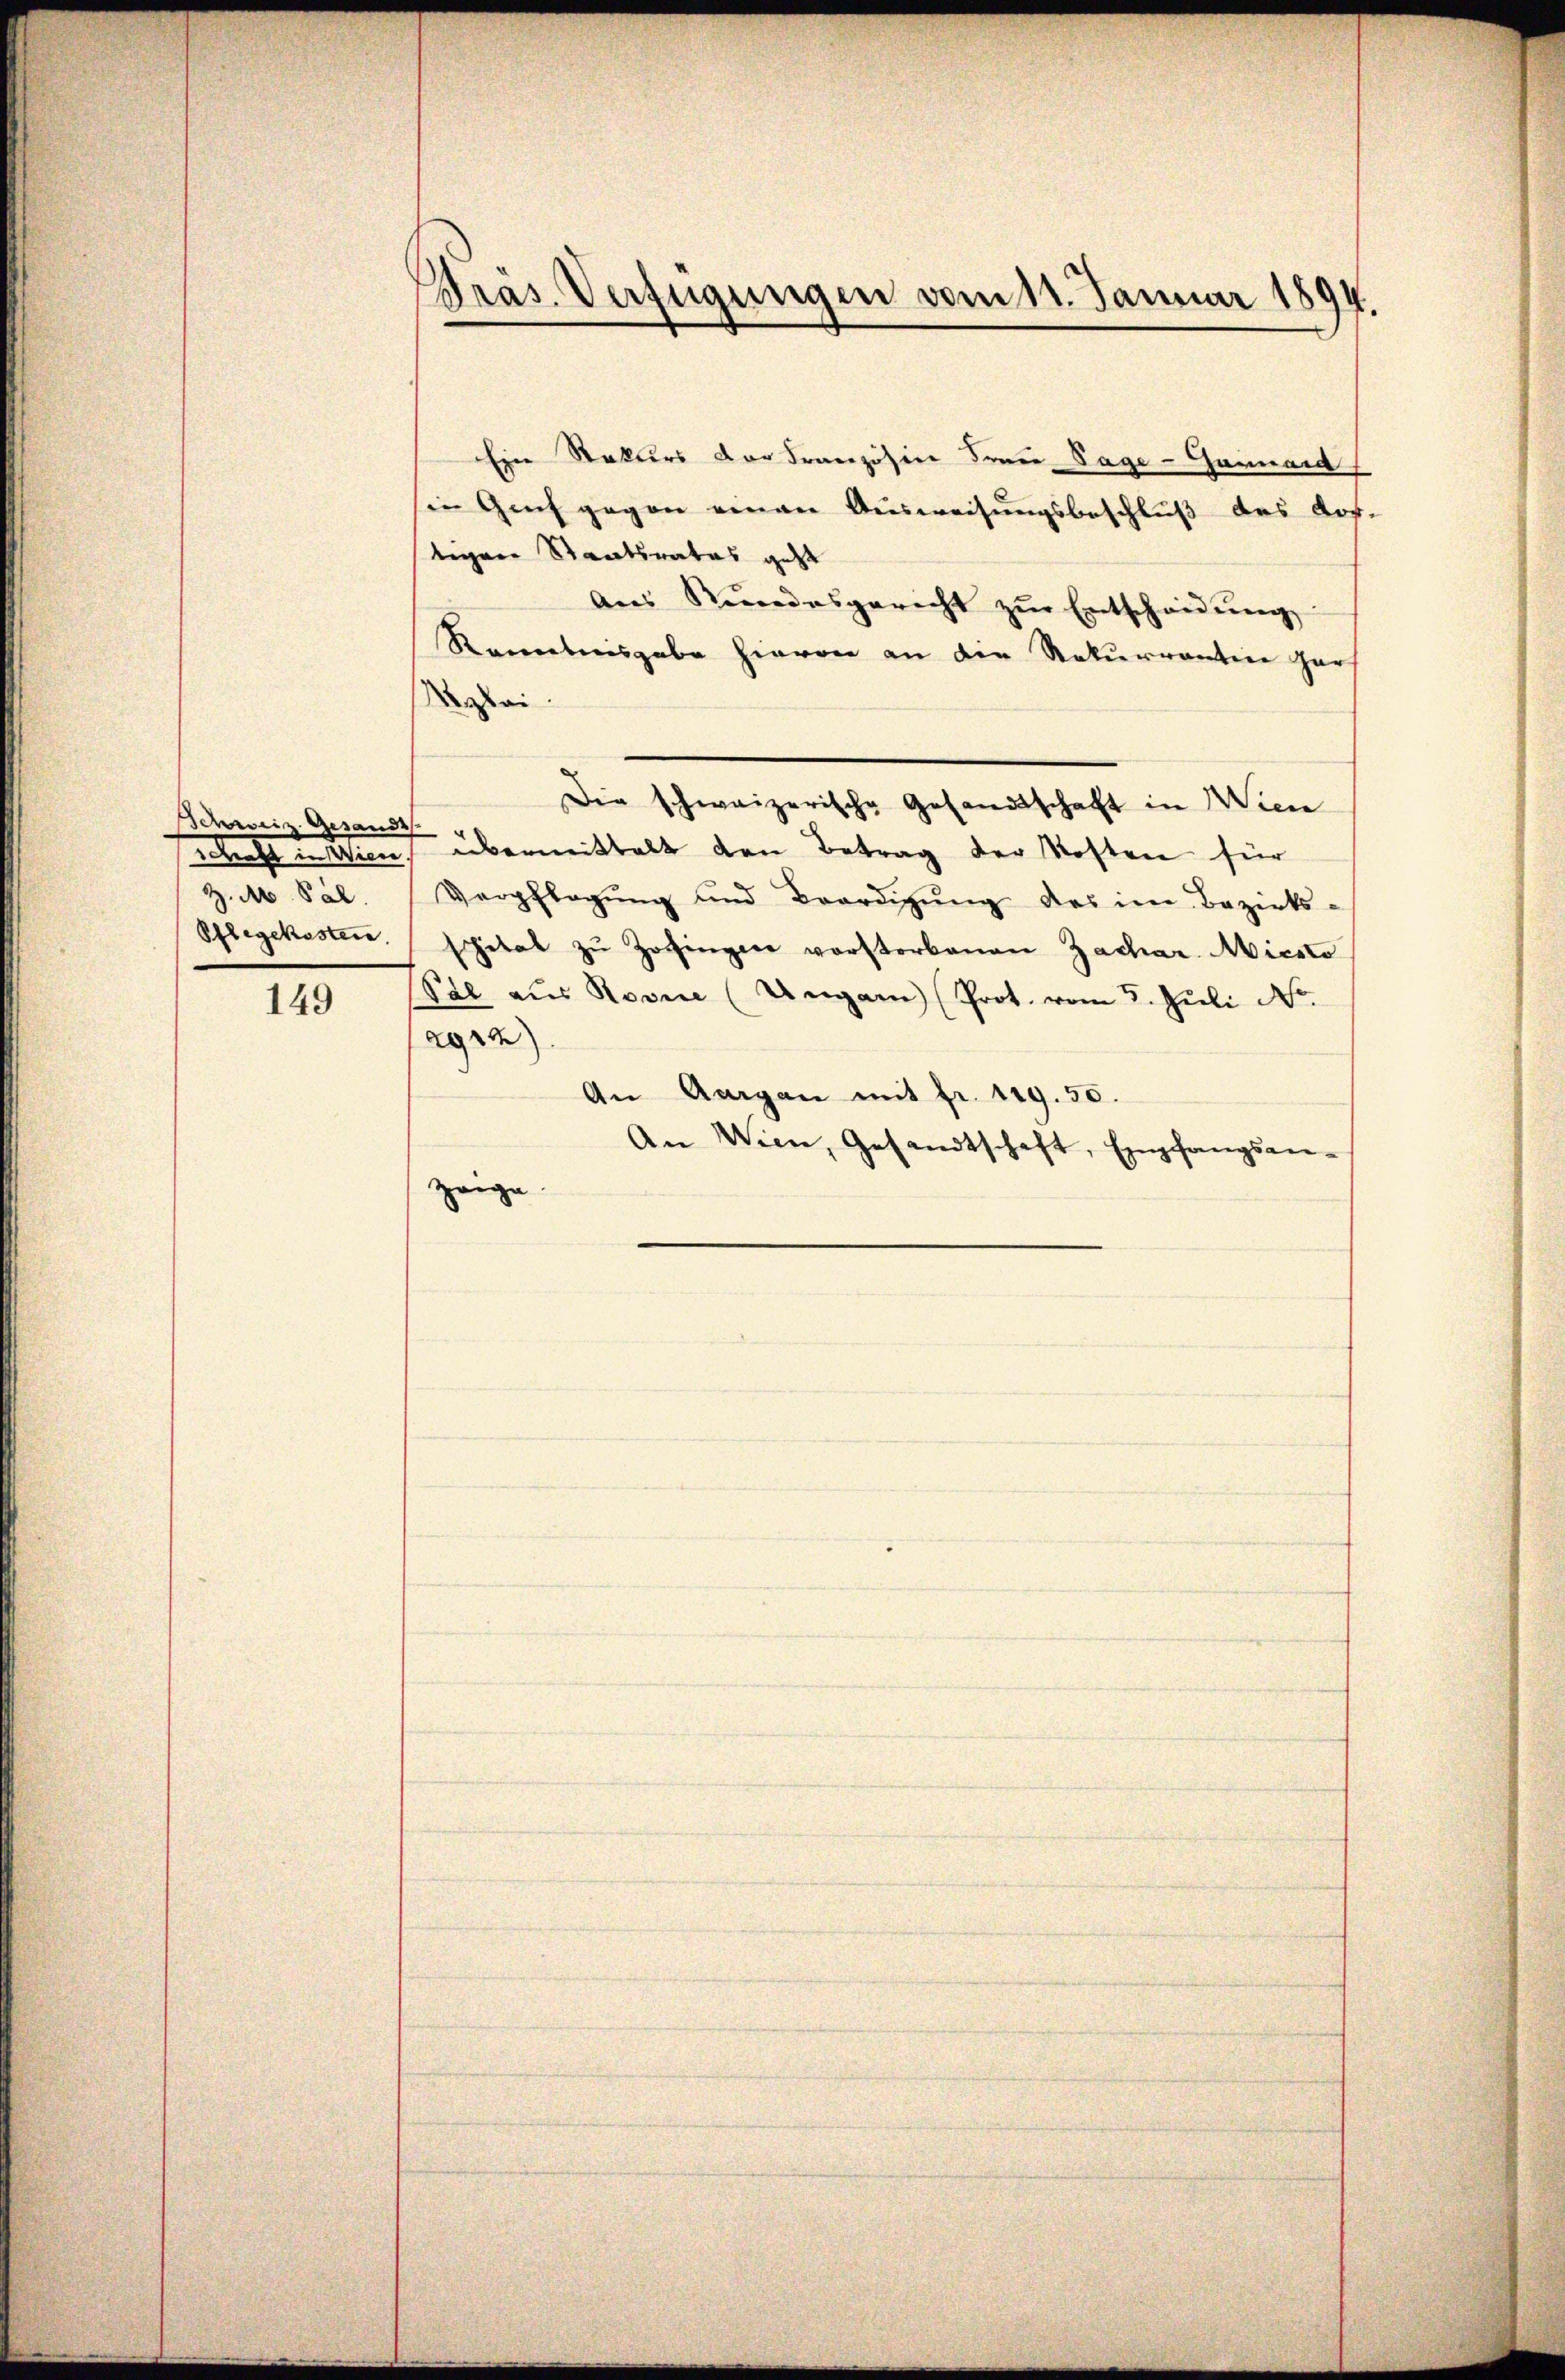
Schweiz. Gesandts
Betracht in den
Z. M. Pal.
Pflegekosten.

149

Präs. Verfügungen vom 11. Januar 1894.

Eine Rekurs der Französine Frau Sage-Gamnaid
sie Genf gegen einen Ausweisungsbeschluß des Vor-
tigen Staatsrates geht
Aŭs Rŭndesgericht zŭr Entscheidŭng
Kenntnisgabe hievon an die Naturrention gar
Mylai.
übermittelt den Betrag der Kosten für
Verpflegŭng und Beerdigŭng des in Bezirks-
spital zŭ Zofingen verstorbenen Zachar Miesto
Pal aus Revue (Ungarn (Prot. vom 3. Juli No
agra
An Aargau mit fr. 119.50.
An Wien, Gesandtschaft, Empfangsan-
zeige.

Die schweizerische Gesandtschaft in Wien